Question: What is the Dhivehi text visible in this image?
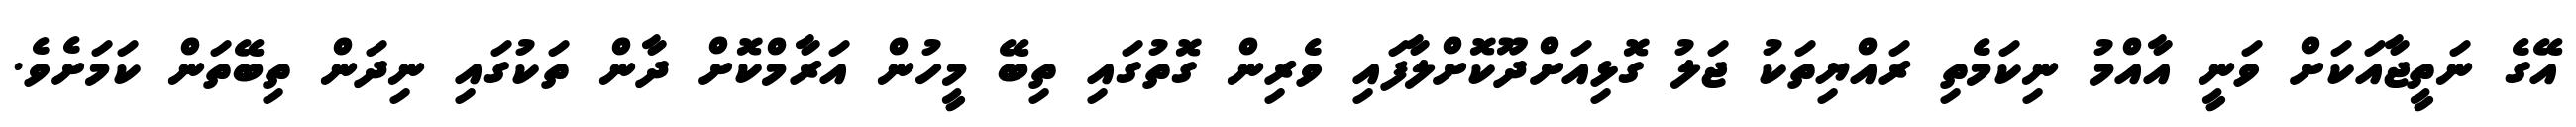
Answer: އޭގެ ނަތީޖާއަކަށް ވަނީ އާއްމު ނިކަމެތި ރައްޔިތަކު ޖަލު ގޮޅިއަށްދޫކޮށްލާފައި ވެރިން ގޮތުގައި ތިބޭ މީހުން އަރާމްކޮށް ދާން ތަކުގައި ނިދަން ތިބޭތަން ކަމަށެވެ.